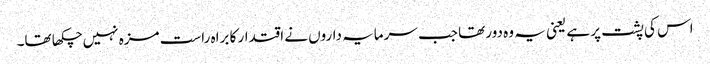
اس کی پشت پر ہے یعنی یہ وہ دور تھا جب سرمایہ داروں نے اقتدار کا براہ راست مزہ نہیں چکھا تھا۔